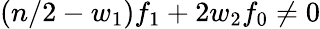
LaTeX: (n/2-w_{1})f_{1}+2w_{2}f_{0}\ne 0